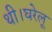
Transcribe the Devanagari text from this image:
थी।घरेलू